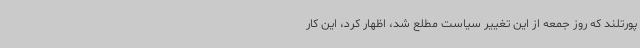
پورتلند که روز جمعه از این تغییر سیاست مطلع شد، اظهار کرد، این کار